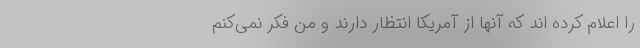
را اعلام کرده اند که آنها از آمریکا انتظار دارند و من فکر نمی‌کنم